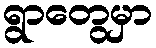
ရွာတွေမှာ